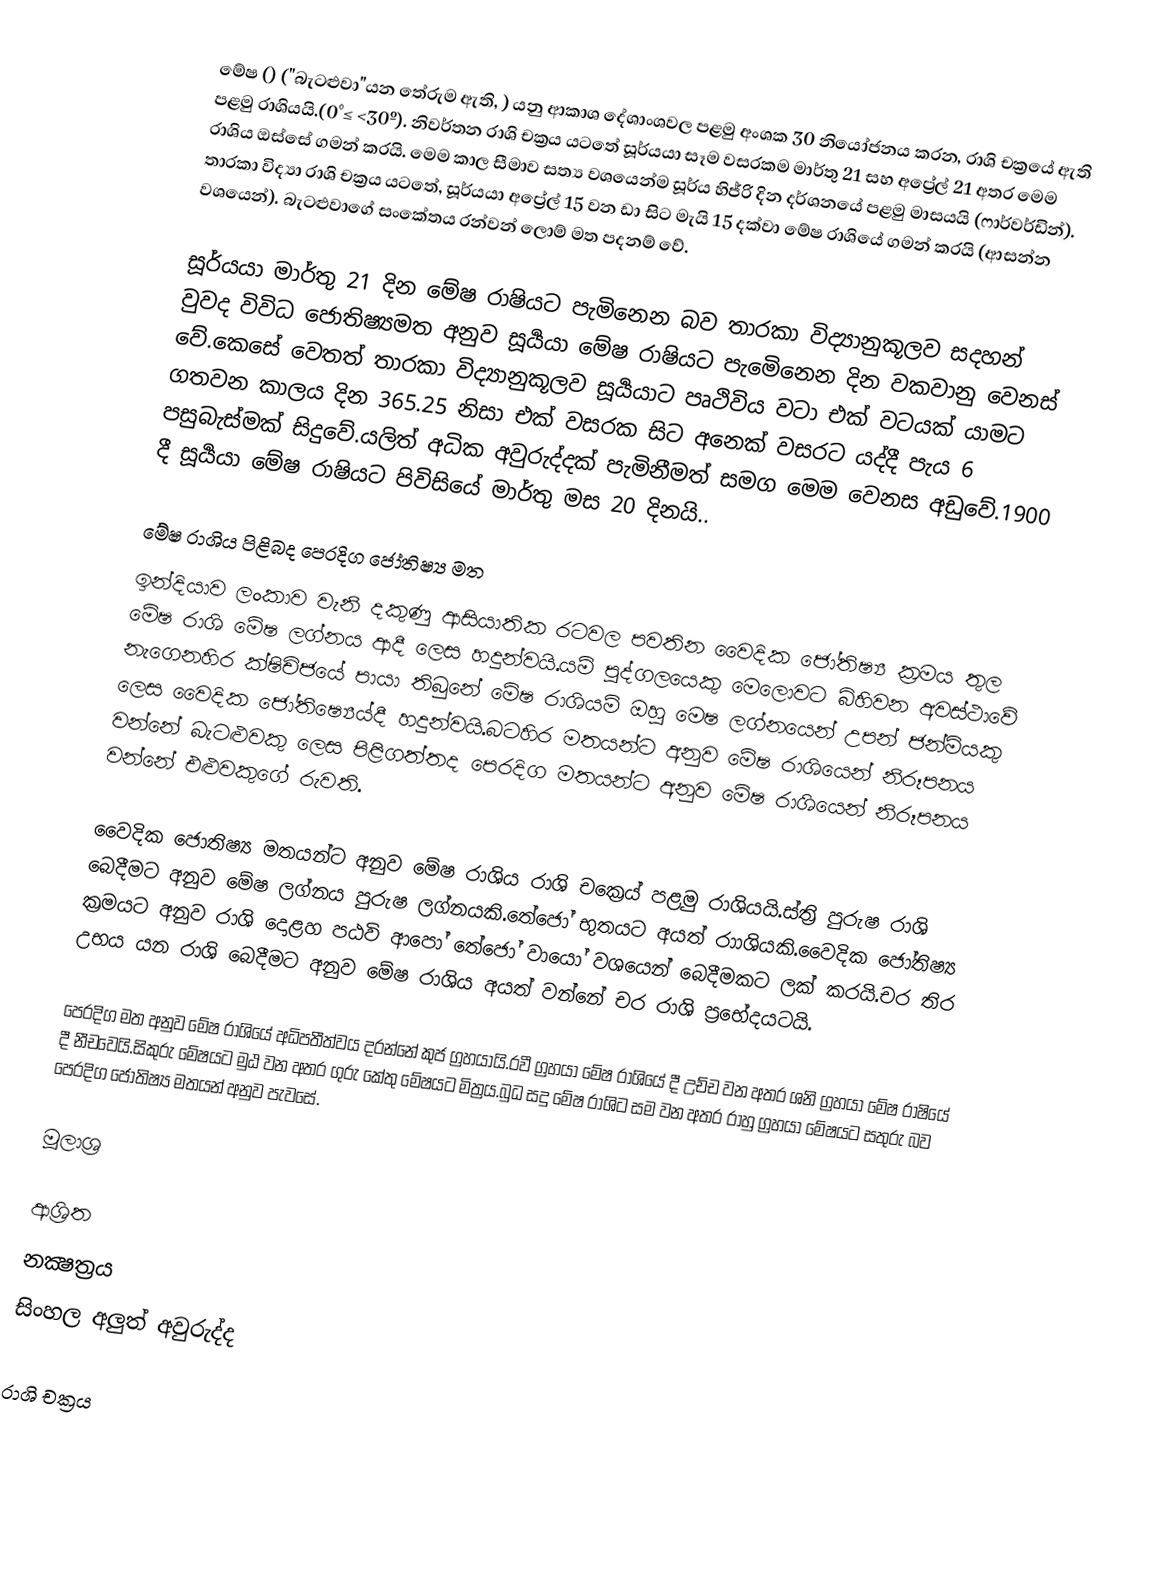
මේෂ ()  ("බැටළුවා"යන තේරුම ඇති, ) යනු ආකාශ දේශාංශවල පළමු අංශක 30 නියෝජනය කරන, රාශි චක්‍රයේ ඇති පළමු රාශියයි.(0°≤  <30º). නිවර්තන රාශි චක්‍රය යටතේ සූර්යයා සෑම වසරකම මාර්තු 21 සහ අප්‍රේල් 21 අතර මෙම රාශිය ඔස්සේ ගමන් කරයි. මෙම කාල සීමාව සත්‍ය වශයෙන්ම සූර්ය හිජ්රි දින දර්ශනයේ පළමු මාසයයි (ෆාර්වර්ඩින්). තාරකා විද්‍යා රාශි චක්‍රය යටතේ, සූර්යයා අප්‍රේල් 15 වන ඩා සිට මැයි 15 දක්වා මේෂ රාශියේ ගමන් කරයි (ආසන්න වශයෙන්). බැටළුවාගේ සංකේතය රන්වන් ලොම් මත පදනම් වේ.

සූර්යයා මාර්තු 21 දින මේෂ රාෂියට පැමිනෙන බව තාරකා විද්‍යානුකූලව සදහන් වුවද විවිධ ජොතිෂ්‍යමත අනුව සූර්‍යයා මේෂ රාෂියට පැමෙිනෙන දින වකවානු වෙනස් වේ.කෙසේ වෙතත් තාරකා විද්‍යානුකූලව සූර්‍යයාට පෘථිවිය වටා එක් වටයක් යාමට ගතවන කාලය දින  365.25  නිසා එක් වසරක සිට අනෙක් වසරට යද්දී පැය 6 පසුබැස්මක් සිදුවේ.යලිත් අධික අවුරුද්දක් පැමිනීමත් සමග මෙම වෙනස අඩුවේ.1900 දී සූර්‍යයා මේෂ රාෂියට පිවිසියේ මාර්තු මස 20 දිනයි..

මේෂ රාශිය පිළිබද පෙරදිග ජෝතිෂ්‍ය මත
ඉන්දියාව ලංකාව වැනි දකුණු ආසියාතික රටවල පවතින වෛදික ජෝතිෂ්‍ය ක්‍රමය තුල මේෂ රාශි මේෂ ලග්නය ආදී ලෙස හදුන්වයි.යම් පුද්ගලයෙකු මෙලොවට බිහිවන අවස්ථාවේ නැගෙනහිර ක්ෂිචිජයේ පායා තිබුනේ මේෂ රාශියම් ඔහු මෙෂ ලග්නයෙන් උපන් ජන්මියකු ලෙස වෛදික ජෝතිෂ්‍යෙය්දී හදුන්වයි.බටහිර මතයන්ට අනුව මේෂ රාශියෙන් නිරූපනය වන්නේ බැටළුවකු ලෙස පිළිගත්තද පෙරදිග මතයන්ට අනුව මේෂ රාශියෙන් නිරූපනය වන්නේ එළුවකුගේ රුවති.

වෛදික ජොතිෂ්‍ය මතයන්ට අනුව මේෂ රාශිය රාශි චක්‍රෙය් පළමු රාශියයි.ස්ත්‍රි පුරුෂ රාශි බෙදීමට අනුව මේෂ ලග්නය පුරුෂ ලග්නයකි.තේජෝ භුතයට අයත් රාාශියකි.වෛදික ජෝතිෂ්‍ය ක්‍රමයට අනුව රාශි දොළහ පඨවි ආපෝ තේජෝ වායෝ වශයෙන් බෙදීමකට ලක් කරයි.චර තිර උභය යන රාශි බෙදීමට අනුව මේෂ රාශිය අයත් වන්නේ චර රාශි ප්‍රභේදයටයි.

පෙරදිග මත අනුව මේෂ රාශියේ අධිපතීත්වය දරන්නේ කුජ ග්‍රහයායි.රවී ග්‍රහයා මේෂ රාශියේ දී උච්ච වන අතර ශනි ග්‍රහයා මේෂ රාෂියේ දී නීචවෙයි.සිකුරු මේෂයට මුඨ වන අතර ගුරු කේතු මේෂයට මිත්‍රය.බුධ සදු මේෂ රාශිට සම වන අතර රාහු ග්‍රහයා මේෂයට සතුරු බව පෙරදිග ජෝතිෂ්‍ය මතයන් අනුව පැවසේ.

මූලාශ්‍ර

ආශ්‍රිත
 නක්‍ෂත්‍රය
 සිංහල අලුත් අවුරුද්ද

රාශි චක්‍රය